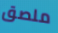
ملصق